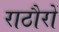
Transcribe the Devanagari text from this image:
राठौरों